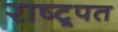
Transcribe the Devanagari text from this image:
राष्ट्र्पत